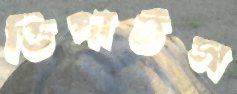
ডিপার্টস